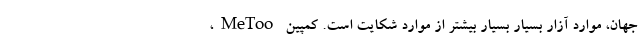
جهان، موارد آزار بسیار بسیار بیشتر از موارد شکایت است. کمپین MeToo،